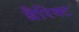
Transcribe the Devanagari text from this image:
बैरिक्ट